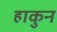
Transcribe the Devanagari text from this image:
हाकुन